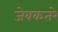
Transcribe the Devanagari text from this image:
जेबकतरे